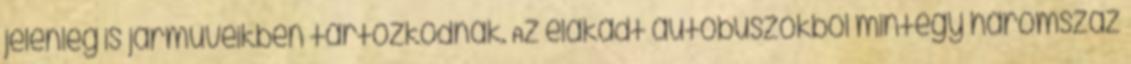
jelenleg is járműveikben tartózkodnak. Az elakadt autóbuszokból mintegy háromszáz